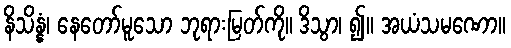
နိသိန္နံ၊ နေတော်မူသော ဘုရားမြတ်ကို။ ဒိသွာ၊ ၍။ အယံသမဏော။